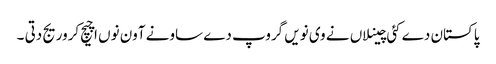
پاکستان دے کئی چینلاں نے وی نویں گروپ دے ساونے آون نوں اچیچ کروریج دتی ۔